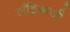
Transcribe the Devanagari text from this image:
लौंडेबाज़ी